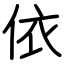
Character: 依